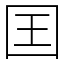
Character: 囯